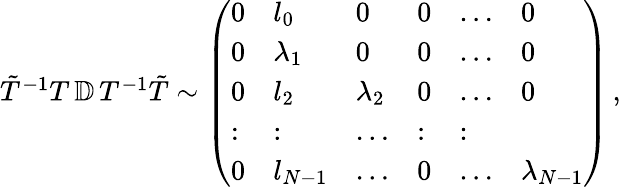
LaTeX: \begin{array}{r}{\tilde{T}^{-1}T\, \mathbb{D}\, T^{-1}\tilde{T}\sim\left(\begin{array}{llllll}{0}&{l_{0}}&{0}&{0}&{\dots}&{0}\\ {0}&{\lambda_{1}}&{0}&{0}&{\dots}&{0}\\ {0}&{l_{2}}&{\lambda_{2}}&{0}&{\dots}&{0}\\ {:}&{:}&{\dots}&{:}&{:}\\ {0}&{l_{N-1}}&{\dots}&{0}&{\dots}&{\lambda_{N-1}}\end{array}\right)\, ,}\end{array}